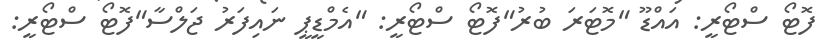
ފޮޓޯ ސްޓޯރީ: އައްޑޫ "މޮޓަރަ ބުރު"ފޮޓޯ ސްޓޯރީ: "އެމްޑީޕީ ނައިފަރު ޖަލްސާ"ފޮޓޯ ސްޓޯރީ: